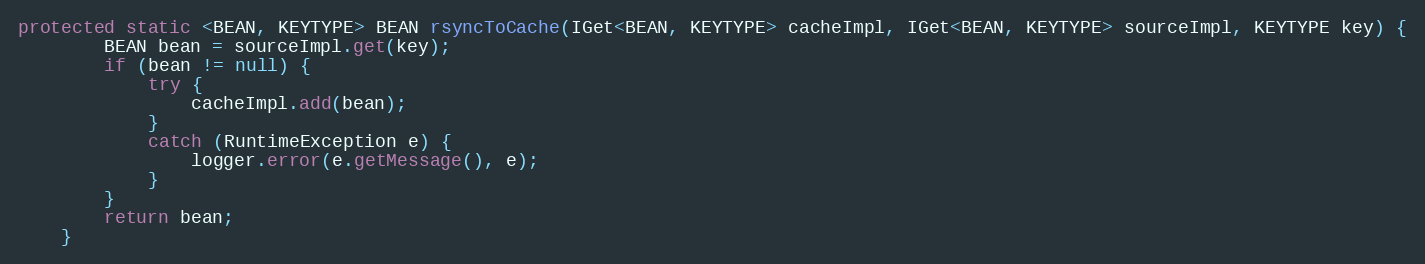
Language: Java
protected static <BEAN, KEYTYPE> BEAN rsyncToCache(IGet<BEAN, KEYTYPE> cacheImpl, IGet<BEAN, KEYTYPE> sourceImpl, KEYTYPE key) {
		BEAN bean = sourceImpl.get(key);
		if (bean != null) {
			try {
				cacheImpl.add(bean);
			}
			catch (RuntimeException e) {
				logger.error(e.getMessage(), e);
			}
		}
		return bean;
	}